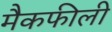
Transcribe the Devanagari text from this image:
मैकफीली